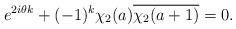
LaTeX: \begin{align*}e^{2i\theta k} + (-1)^k\chi_2(a)\overline{\chi_2(a+1)} = 0.\end{align*}